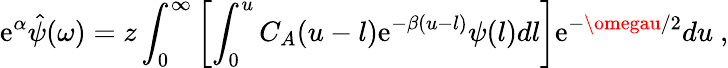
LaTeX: \mathrm{e}^{\alpha}\hat{{\psi}}(\omega)=z\int_{0}^{\infty}\left[\int_{0}^{u}C_{A}(u-l)\mathrm{e}^{-\beta(u-l)}\psi(l)dl\right]\mathrm{e}^{-\omegau/2}du\ ,